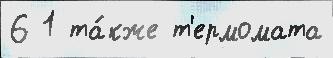
6 1 та́кже т'ермомата